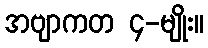
အဗျာကတ ၄-မျိုး။